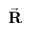
\vec { \bf R }